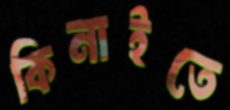
কিনাইতে